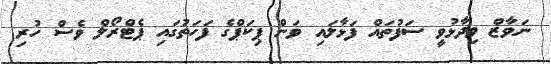
ނަވާޒް ވިދާޅުވީ ސަފުތައް ފަޅާލައި ވަން ޕިކަޕްގެ ފަހަތުގައި ޕެޓްރޯލް ވެސް ހުރި